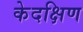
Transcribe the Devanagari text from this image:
केदक्षिण